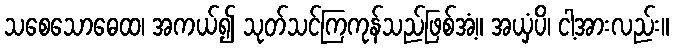
သစေသောဓေထ၊ အကယ်၍ သုတ်သင်ကြကုန်သည်ဖြစ်အံ့။ အယှံပိ၊ ငါ့အားလည်း။